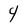
Character: 4